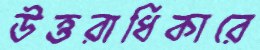
উত্তরাধিকারে